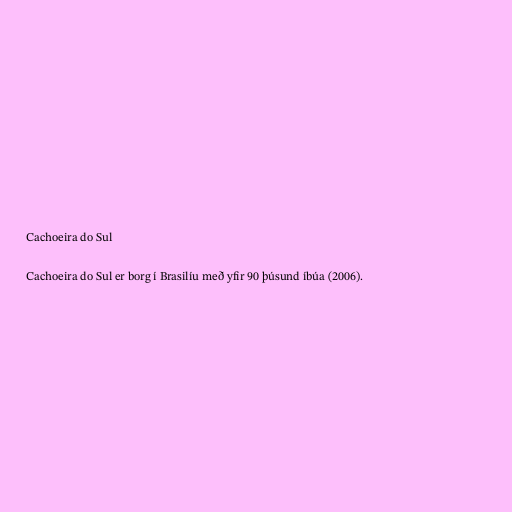
Cachoeira do Sul

Cachoeira do Sul er borg í Brasilíu með yfir 90 þúsund íbúa (2006).